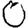
Digit: 0